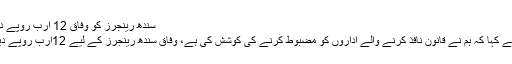
سندھ رینجرز کو وفاق 12 ارب روپے دیتا ہے
انہوں نے کہا کہ ہم نے قانون نافذ کرنے والے اداروں کو مضبوط کرنے کی کوشش کی ہے، وفاق سندھ رینجرز کے لیے 12ارب روپے دیتا ہے۔